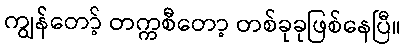
ကျွန်တော့် တက္ကစီတော့ တစ်ခုခုဖြစ်နေပြီ။